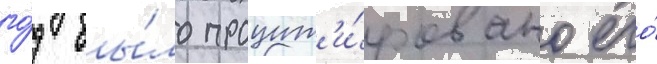
го́д бы́ло процит'и́ровано его́